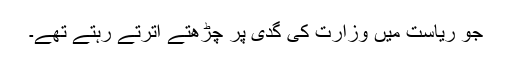
جو ریاست میں وزارت کی گدی پر چڑھتے اترتے رہتے تھے۔